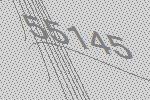
55145